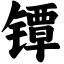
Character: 镡